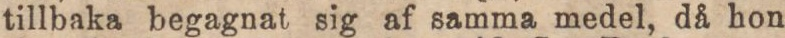
tillbaka begagnat sig af samma medel, då hon